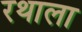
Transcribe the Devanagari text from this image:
रथाला